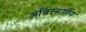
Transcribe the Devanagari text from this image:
अविस्मर्णीय